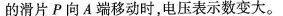
的滑片P向A端移动时，电压表示数变大。